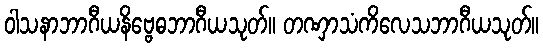
ဝါသနာဘာဂီယနိဗ္ဗေဓဘာဂီယသုတ်။ တဏှာသံကိလေသဘာဂီယသုတ်။